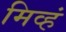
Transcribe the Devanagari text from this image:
मिव्हं